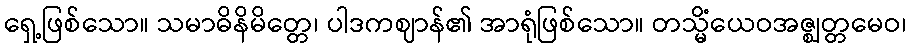
ရှေ့ဖြစ်သော။ သမာဓိနိမိတ္တေ၊ ပါဒကဈာန်၏ အာရုံဖြစ်သော။ တသ္မိံယေဝအဇ္ဈတ္တမေဝ၊